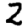
Digit: 2